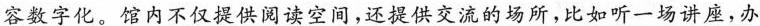
容数字化。馆内不仅提供阅读空间，还提供交流的场所，比如听一场讲座，办